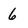
Character: 6